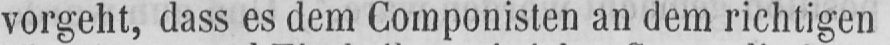
vorgeht, dass es dem Componisten an dem richtigen